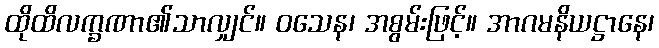
ထိုထိလက္ခဏာ၏သာလျှင်။ ဝသေန၊ အစွမ်းဖြင့်။ အာဂမနိယဋ္ဌာနေ၊